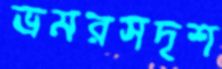
ভ্রমরসদৃশ